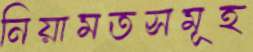
নিয়ামতসমূহ